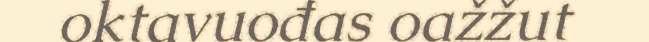
oktavuođas oažžut